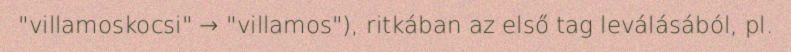
"villamoskocsi" → "villamos"), ritkában az első tag leválásából, pl.